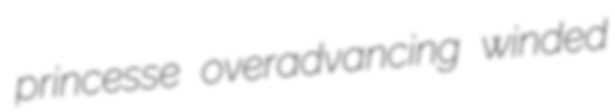
princesse overadvancing winded